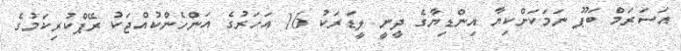
އަސަރަމް ބަޕޫ ނަމަކަށްކިޔާ އިންޑިޔާގެ ދީނީ ލީޑަރަކު 16 އަހަރުގެ އަންހެންކުއްޖަކު ރޭޕްކުރިކަމުގެ